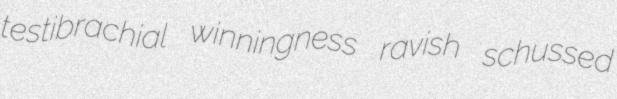
testibrachial winningness ravish schussed